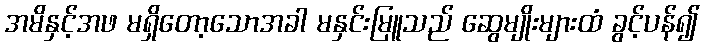
အမိနှင့်အဖ မရှိတော့သောအခါ မနှင်းမြူသည် ဆွေမျိုးများထံ ခွင့်ပန်၍